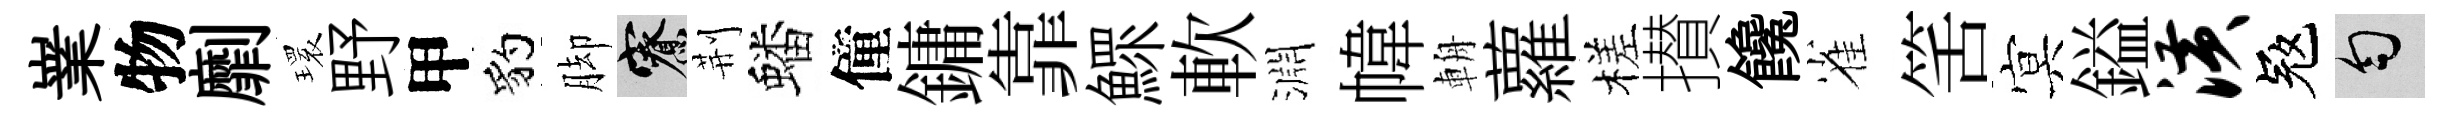
嶪物劘𤨔野甲豹脚寮荆蟠僮鏞靠鰥軟淵幃輈蘿槎攅饞雀筈㝠鎰潢冦匀